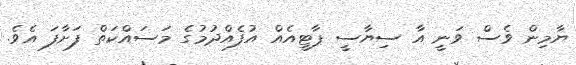
ޔާމިން ވެސް ވަނީ އާ ސިޔާސީ ޕާޓީއެއް އުފެއްދުމުގެ މަސައްކަތް ފަށާފަ އެވެ.